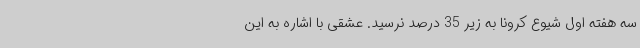
سه هفته‌ اول شیوع کرونا به زیر 35 درصد نرسید. عشقی با اشاره به این